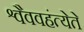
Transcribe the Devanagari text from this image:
श्वैववहंत्येते